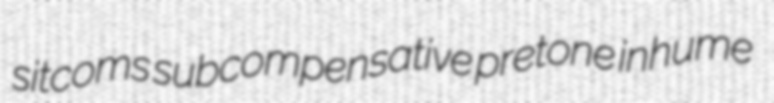
sitcoms subcompensative pretone inhume